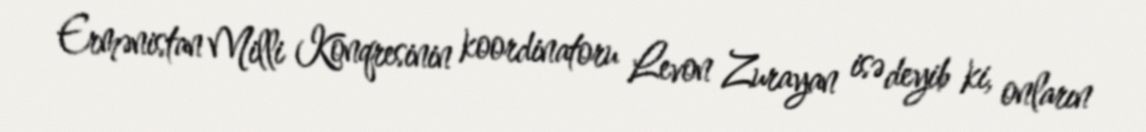
Ermənistan Milli Konqresinin koordinatoru Levon Zurayan isə deyib ki, onların